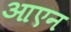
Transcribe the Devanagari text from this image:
आएन